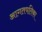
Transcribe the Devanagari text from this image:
आगतपतिका